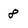
Character: 8